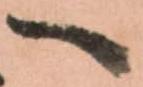
へ